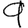
Digit: 9